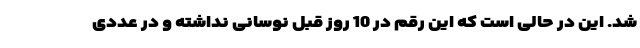
شد. این در حالی است که این رقم در 10 روز قبل نوسانی نداشته و در عددی